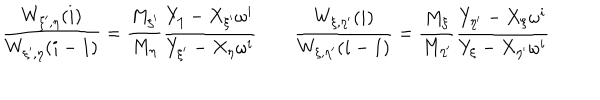
\frac { W _ { \xi ^ { \prime } , \eta } ( i ) } { W _ { \xi ^ { \prime } , \eta } ( i - 1 ) } = \frac { M _ { \xi ^ { \prime } } } { M _ { \eta } } \frac { Y _ { \eta } - X _ { \xi ^ { \prime } } \omega ^ { i } } { Y _ { \xi ^ { \prime } } - X _ { \eta } \omega ^ { i } } \qquad \frac { W _ { \xi , \eta ^ { \prime } } ( i ) } { W _ { \xi , \eta ^ { \prime } } ( i - 1 ) } = \frac { M _ { \xi } } { M _ { \eta ^ { \prime } } } \frac { Y _ { \eta ^ { \prime } } - X _ { \xi } \omega ^ { i } } { Y _ { \xi } - X _ { \eta ^ { \prime } } \omega ^ { i } }